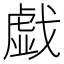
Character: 戯